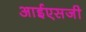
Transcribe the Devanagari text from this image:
आईएसजी